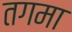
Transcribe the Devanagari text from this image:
तगमा